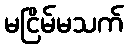
မငြိမ်မသက်